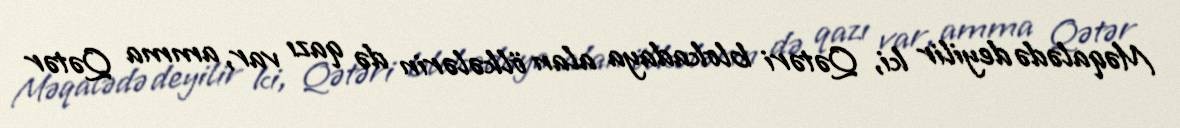
Məqalədə deyilir ki, Qətəri blokadaya alan ölkələrin də qazı var, amma Qətər